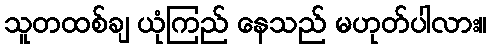
သူတထစ်ချ ယုံကြည် နေသည် မဟုတ်ပါလား။